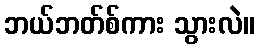
ဘယ်ဘတ်စ်ကား သွားလဲ။